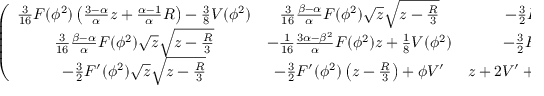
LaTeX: \left( \begin{array} { c c c } { { { \frac { 3 } { 1 6 } } F ( \phi ^ { 2 } ) \left( { \frac { 3 - \alpha } { \alpha } } z + { \frac { \alpha - 1 } { \alpha } } R \right) - { \frac { 3 } { 8 } } V ( \phi ^ { 2 } ) } } & { { { \frac { 3 } { 1 6 } } { \frac { \beta - \alpha } { \alpha } } F ( \phi ^ { 2 } ) \sqrt { z } \sqrt { z - { \frac { R } { 3 } } } } } & { { - { \frac { 3 } { 2 } } F ^ { \prime } ( \phi ^ { 2 } ) \phi \sqrt { P _ { k } } \sqrt { P _ { k } - { \frac { R } { 3 } } } } } \\ { { { \frac { 3 } { 1 6 } } { \frac { \beta - \alpha } { \alpha } } F ( \phi ^ { 2 } ) \sqrt { z } \sqrt { z - { \frac { R } { 3 } } } } } & { { - { \frac { 1 } { 1 6 } } { \frac { 3 \alpha - \beta ^ { 2 } } { \alpha } } F ( \phi ^ { 2 } ) z + { \frac { 1 } { 8 } } V ( \phi ^ { 2 } ) } } & { { - { \frac { 3 } { 2 } } F ^ { \prime } ( \phi ^ { 2 } ) \phi \left( z - { \frac { R } { 3 } } \right) + \phi V ^ { \prime } } } \\ { { - { \frac { 3 } { 2 } } F ^ { \prime } ( \phi ^ { 2 } ) \sqrt { z } \sqrt { z - { \frac { R } { 3 } } } } } & { { - { \frac { 3 } { 2 } } F ^ { \prime } ( \phi ^ { 2 } ) \left( z - { \frac { R } { 3 } } \right) + \phi V ^ { \prime } } } & { { z + 2 V ^ { \prime } + 4 \phi ^ { 2 } V ^ { \prime \prime } - R ( 2 F ^ { \prime } + 4 \phi ^ { 2 } F ^ { \prime \prime } ) } } \end{array} \right) .